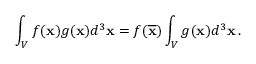
\int _ { V } f ( { \bf x } ) g ( { \bf x } ) d ^ { 3 } { \bf x } = f ( \overline { { { \bf x } } } ) \int _ { V } g ( { \bf x } ) d ^ { 3 } { \bf x } \, .